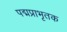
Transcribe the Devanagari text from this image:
पद्मप्राभृतक